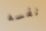
نفسه